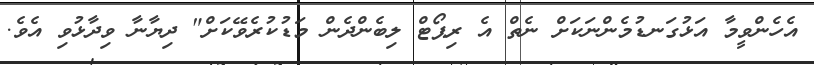
އެހެންވީމާ އަޅުގަނޑުމެންނަކަށް ނެތް އެ ރިޕޯޓް ލިބެންދެން މަޑުކުރެވޭކަށް" ދިޔާނާ ވިދާޅުވި އެވެ.